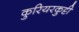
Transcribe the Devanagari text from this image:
कुरियरकुट्टी